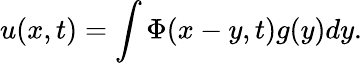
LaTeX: u(x,t)=\int\Phi(x-y,t)g(y)dy.